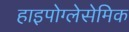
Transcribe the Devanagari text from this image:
हाइपोग्लेसेमिक